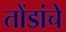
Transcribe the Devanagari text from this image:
तोंडांचे